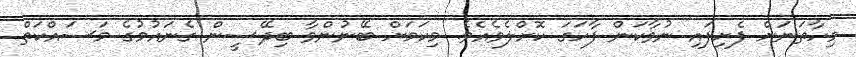
މިހާތަނަށް ފެށިފައި ނުވާކަން ފާހަގަ ކޮށްލެވެއެވެ. މިކަމަށް ބޭނުންވާ ބިދޭސީން ގެނައުމުގެ މަސައްކަތް